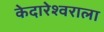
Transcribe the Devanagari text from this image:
केदारेश्वराला